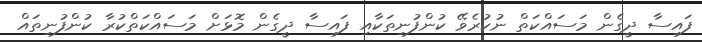
ފައިސާ ދީގެން މަސައްކަތް ނުކުރެވޭ ކުންފުނިތަކާއި ފައިސާ ދީގެން މޮޅަށް މަސައްކަތްކުރާ ކުންފުނިތައް